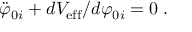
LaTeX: { \ddot { \varphi } _ { 0 i } } + d V _ { \mathrm { e f f } } / d \varphi _ { 0 i } = 0 \; .